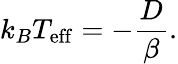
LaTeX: k_{B}T_{\mathrm{eff}}=-\frac{D}{\beta}.